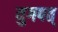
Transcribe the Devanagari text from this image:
युगपत्